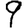
Digit: 9